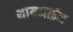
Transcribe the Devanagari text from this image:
थायमाईन